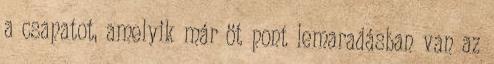
a csapatot, amelyik már öt pont lemaradásban van az